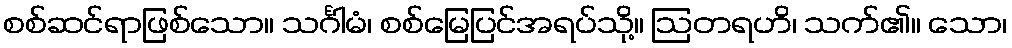
စစ်ဆင်ရာဖြစ်သော။ သင်္ဂါမံ၊ စစ်မြေပြင်အရပ်သို့။ ဩတရဟိ၊ သက်၏။ သော၊